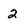
Character: 2